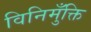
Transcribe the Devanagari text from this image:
विनिमुँक्ति